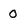
Character: O